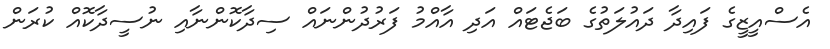
އެސްއީޒީގެ ފައިދާ ދައުލަތުގެ ބަޖެޓައް އަދި އާއްމު ފަރުދުންނައް ސިދާކޮންނާއި ނުސީދާކޮއް ކުރަން